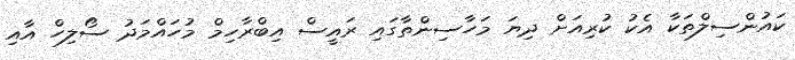
ކައުންސިލްތަކާ އެކު ކުރިއަށް ދިޔަ މަހާސިންތާގައި ރައީސް އިބްރާހިމް މުހައްމަދު ސޯލިހް އާއި